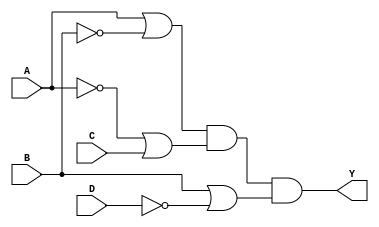
module pos_simplification (
    input wire A,      // Input variable A
    input wire B,      // Input variable B
    input wire C,      // Input variable C
    input wire D,      // Input variable D
    output wire Y      // Output Y representing the POS expression
);

// Intermediate signals for the sum terms
wire sum_term1; // A + B'
wire sum_term2; // A' + C
wire sum_term3; // B + D'

// Define the sum terms using OR gates
assign sum_term1 = A | ~B;  // A + B'
assign sum_term2 = ~A | C;  // A' + C
assign sum_term3 = B | ~D;  // B + D'

// Combine the sum terms using AND gate to get the final output Y
assign Y = sum_term1 & sum_term2 & sum_term3; // Y = (A + B')(A' + C)(B + D')

endmodule